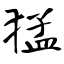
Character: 猛